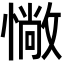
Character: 𢠵